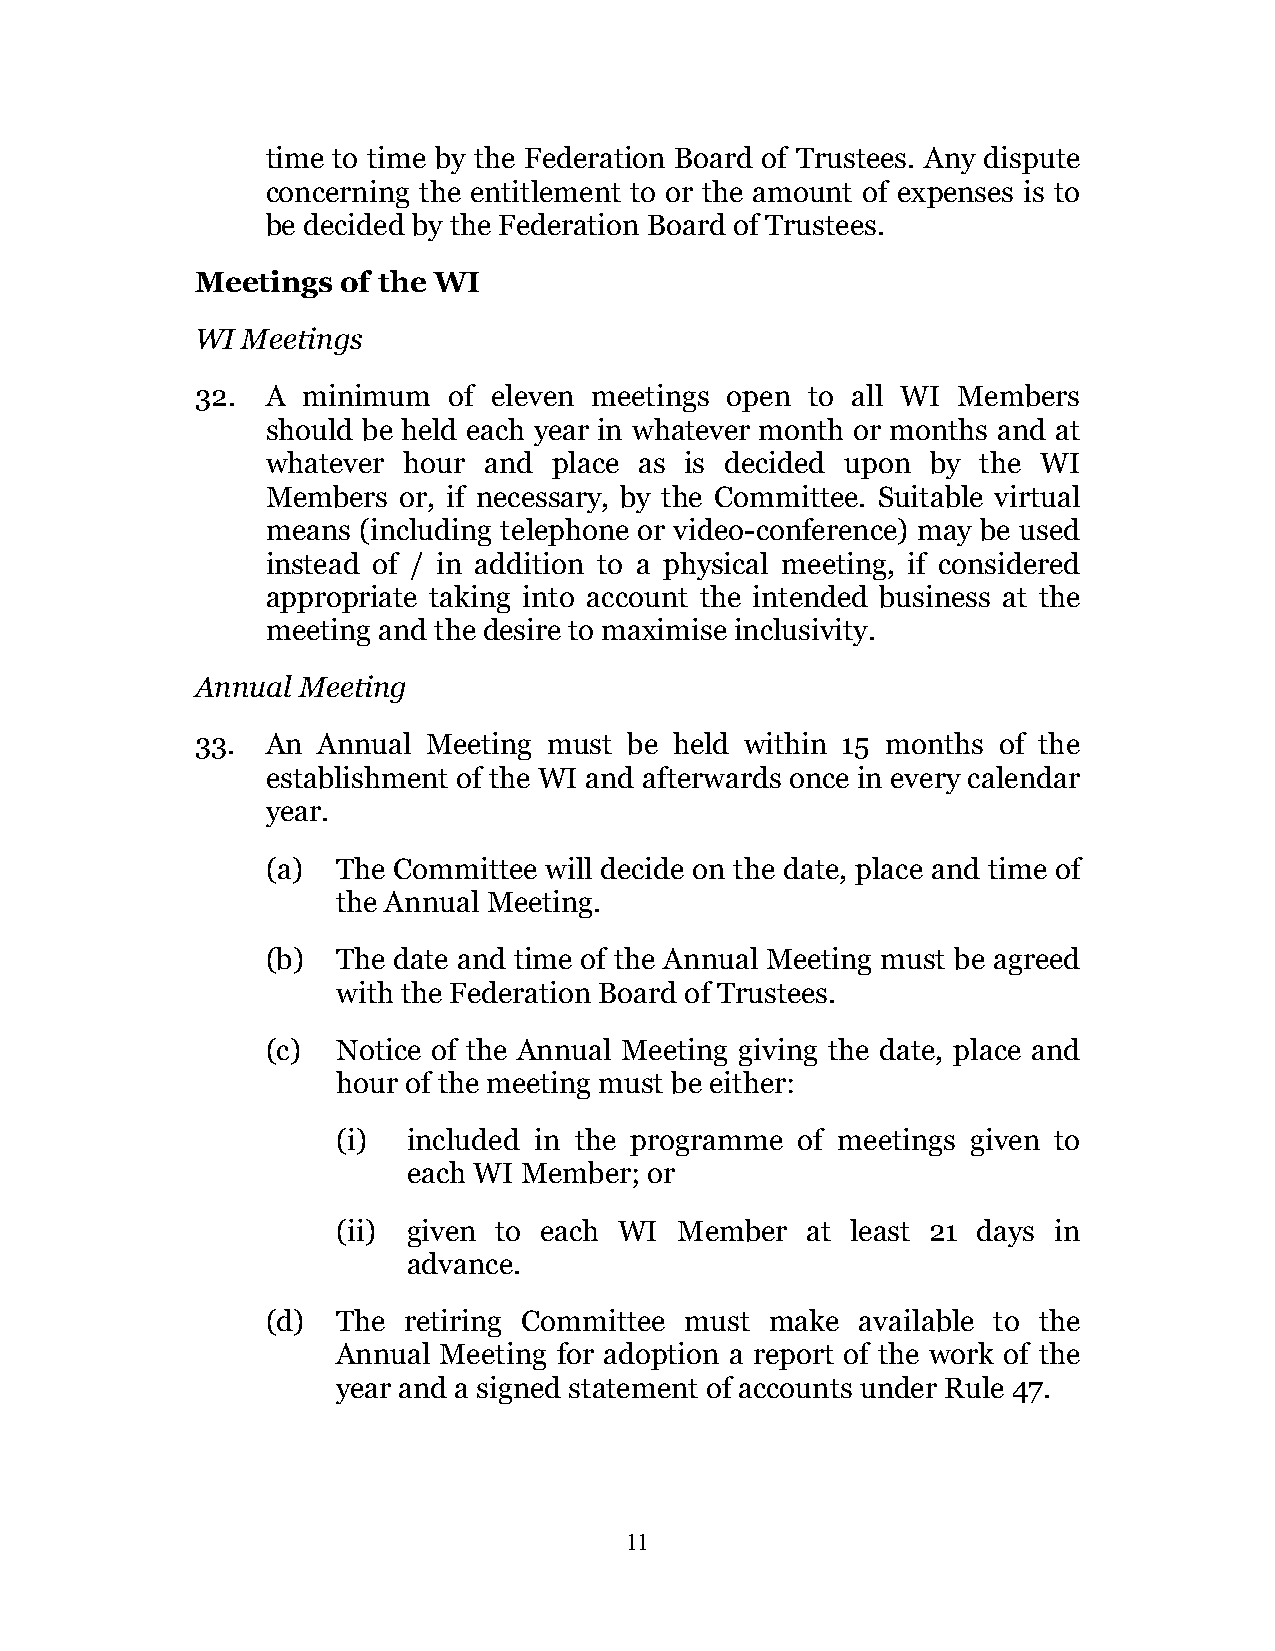
time to time by the Federation Board of Trustees. Any dispute
 concerning the entitlement to or the amount of expenses is to
 be decided by the Federation Board of Trustees.
 Meetings  of the WI
 WI Meetings
 32.  A minimum   of eleven meetings open to all WI Members
 should be held each year in whatever month or months and at
 whatever hour and  place as is decided upon by the WI
 Members or, if necessary, by the Committee. Suitable virtual
 means (including telephone or video-conference) may be used
 instead of / in addition to a physical meeting, if considered
 appropriate taking into account the intended business at the
 meeting and the desire to maximise inclusivity.
 Annual Meeting
 33.  An Annual Meeting must  be held within 15 months of the
 establishment of the WI and afterwards once in every calendar
 year.
 (a) The Committee will decide on the date, place and time of
 the Annual Meeting.
 (b) The date and time of the Annual Meeting must be agreed
 with the Federation Board of Trustees.
 (c) Notice of the Annual Meeting giving the date, place and
 hour of the meeting must be either:
 (i)  included in the programme of meetings given to
 each WI Member; or
 (ii) given to each WI  Member  at least 21 days in
 advance.
 (d) The  retiring Committee must make  available to the
 Annual Meeting for adoption a report of the work of the
 year and a signed statement of accounts under Rule 47.
 11